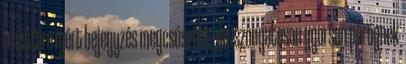
a hétfőre ígért bejegyzés megcsúszott, de iszonyatosan gyorsan pörögnek